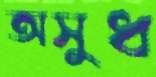
অসুধ